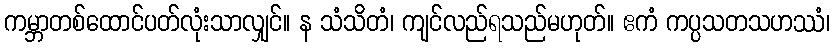
ကမ္ဘာတစ်ထောင်ပတ်လုံးသာလျှင်။ န သံသိတံ၊ ကျင်လည်ရသည်မဟုတ်။ ဧကံ ကပ္ပသတသဟဿံ၊